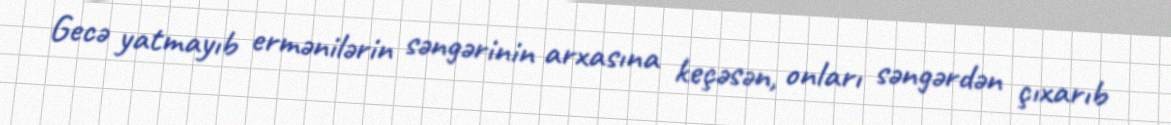
Gecə yatmayıb ermənilərin səngərinin arxasına keçəsən, onları səngərdən çıxarıb